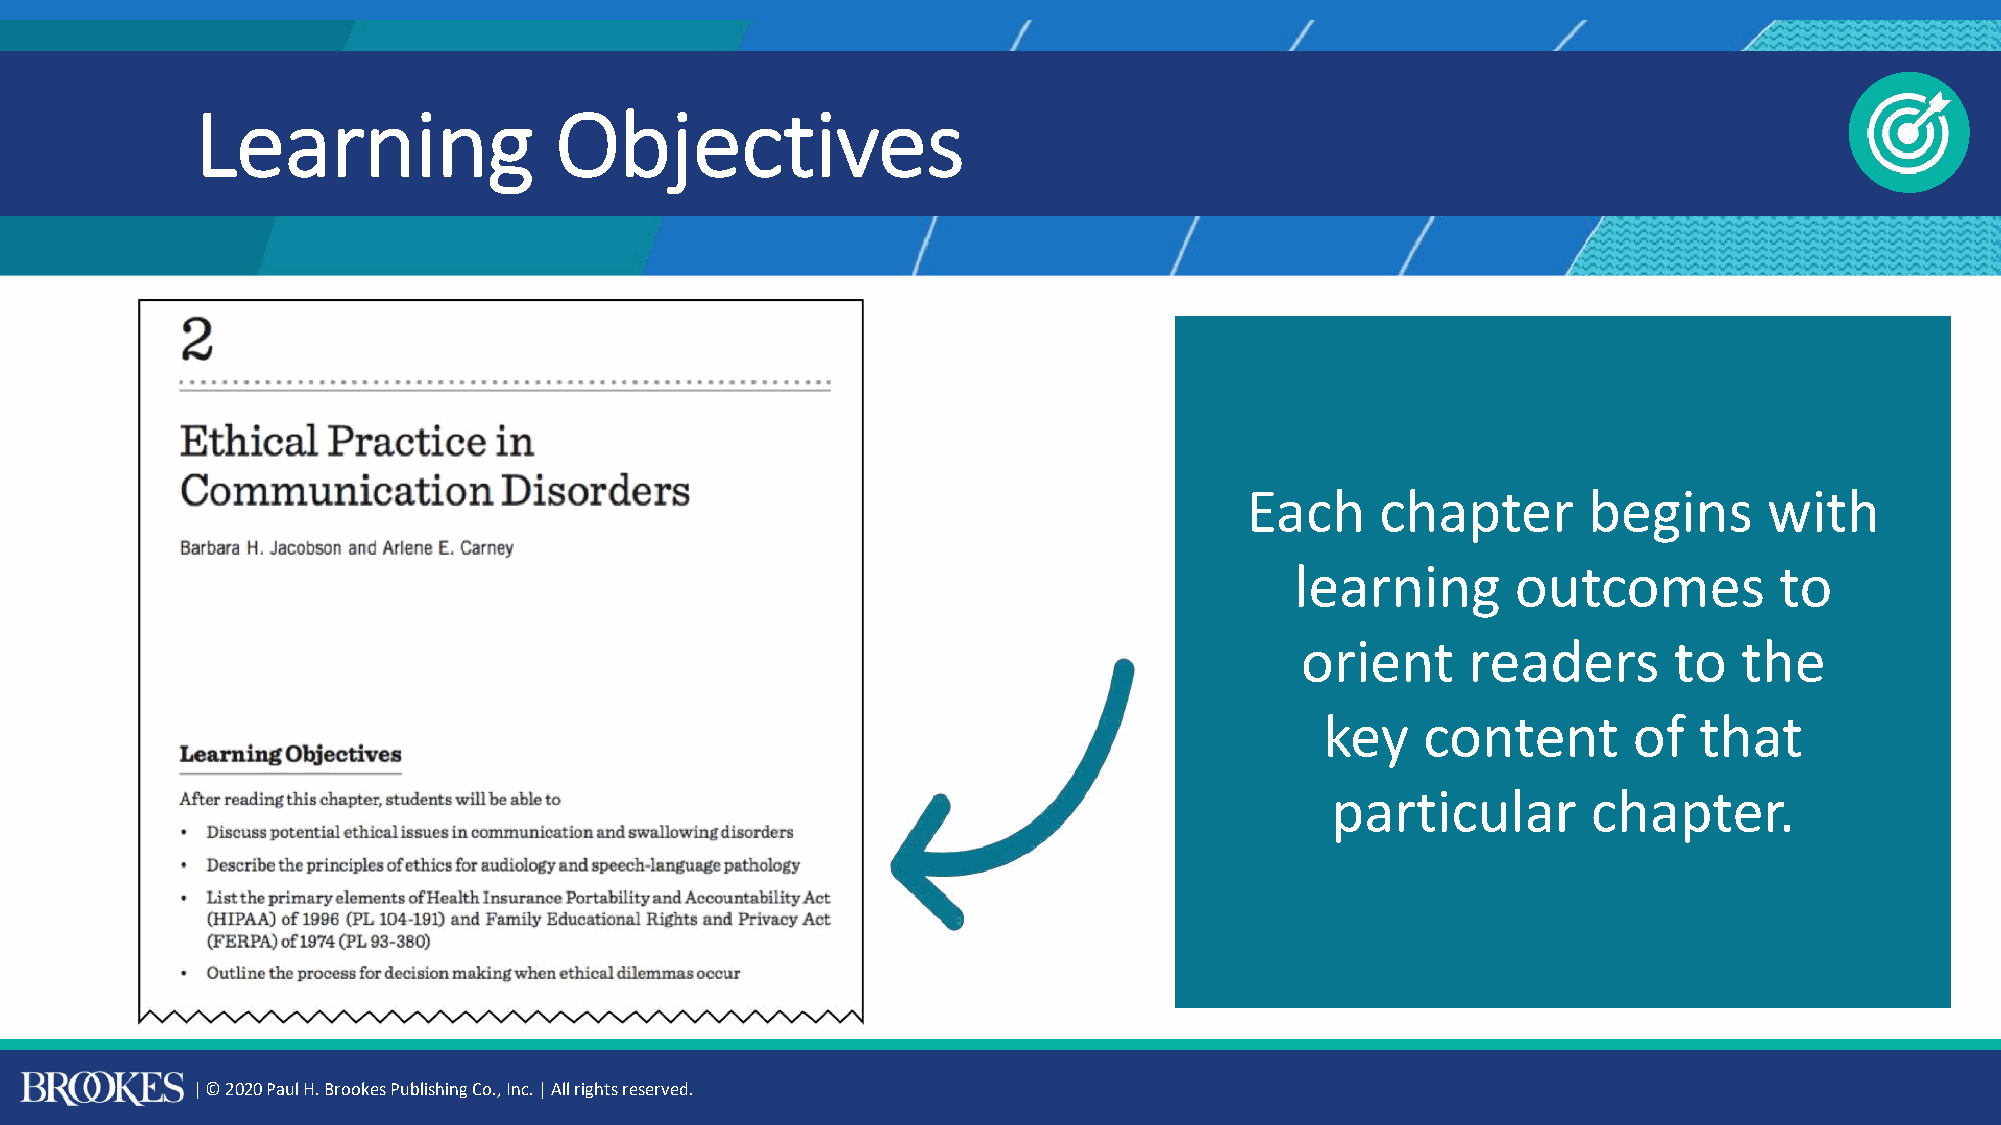
Learning                Objectives
 Each     chapter       begins      with
 learning      outcomes          to
 orient     readers       to  the
 key   content       of  that
 particular       chapter.
 | © 2020 Paul H. Brookes Publishing Co., Inc. | All rights reserved.